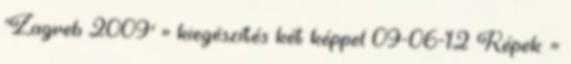
'Zagreb 2009' » kiegészítés két képpel 09-06-12 Képek: »